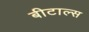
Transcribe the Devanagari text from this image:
बीटाल्स